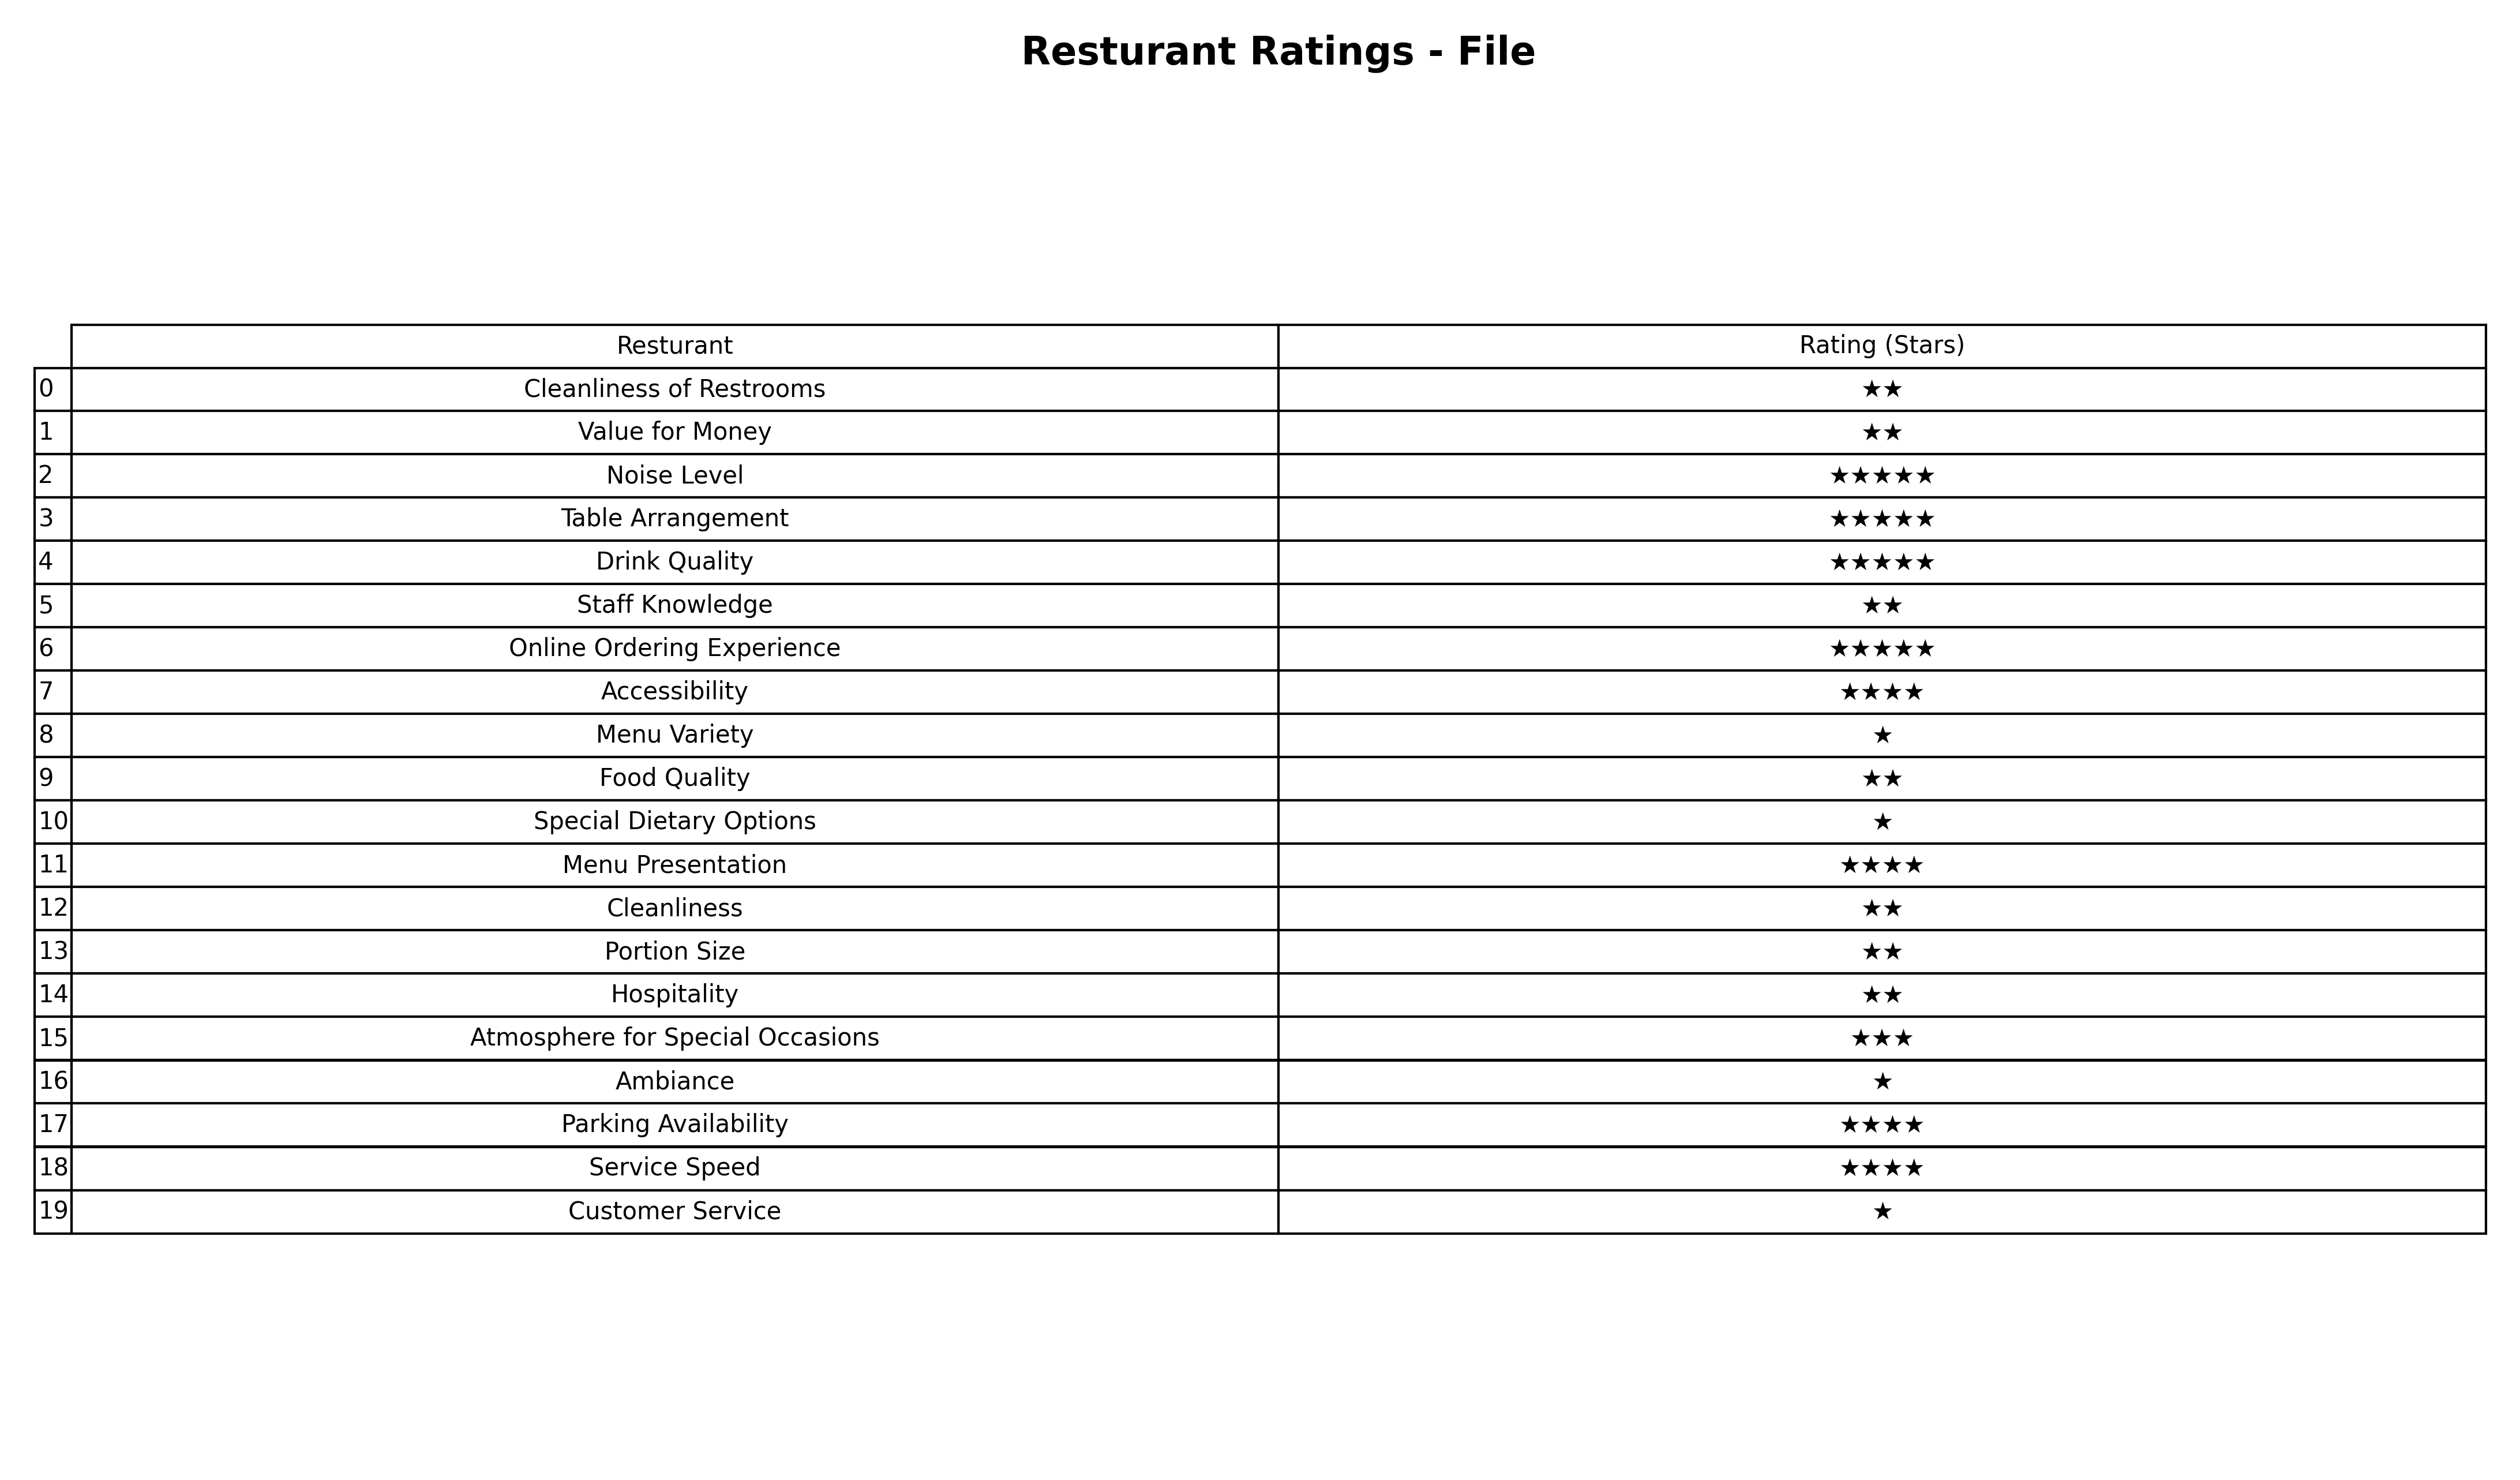
question: Which services are rated average?
answer: Atmosphere for Special Occasions